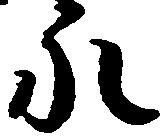
永